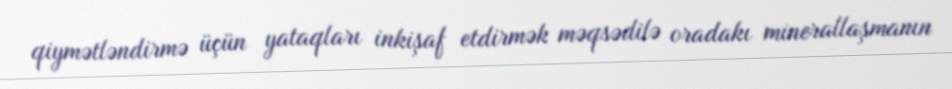
qiymətləndirmə üçün yataqları inkişaf etdirmək məqsədilə oradakı minerallaşmanın